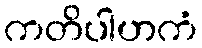
ကတိပါဟကံ